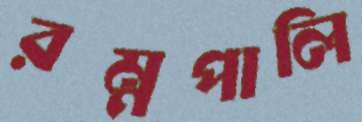
রম্নপালি